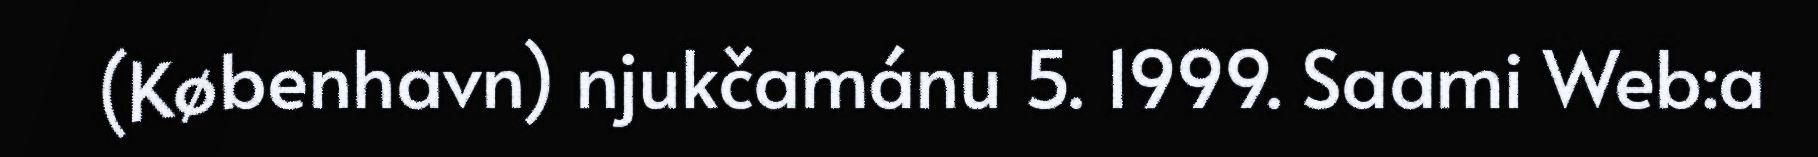
(København) njukčamánu 5. 1999. Saami Web:a